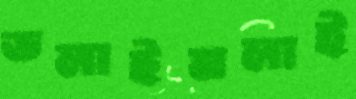
ডলাইমলাই